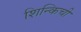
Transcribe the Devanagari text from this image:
शिन्किची